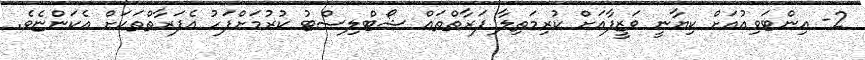
2- އިންޓަވިއުއަށް ކިޔާނީ ވަޒީފާއަށް ކުރިމަތިލާ ފަރާތްތައް ޝޯޓްލިސްޓު ކުރުމަށްފަހު އެފަރާތްތަކަށް އެކަންޏެވެ.